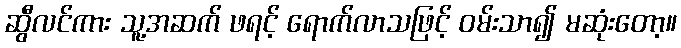
ဆွီလင်ကား သူ့အဆက် ဖရင့် ရောက်လာသဖြင့် ဝမ်းသာ၍ မဆုံးတော့။